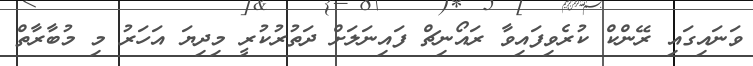
ވަނައިގައި ރޭންކް ކުރެވިފައިވާ ރައޯނިޗް ފައިނަލަށް ދަތުރުކުރީ މިދިޔަ އަހަރު މި މުބާރާތް